Vaccination in the Punjab 1919-1929 - 1919-1929
Year: 1919
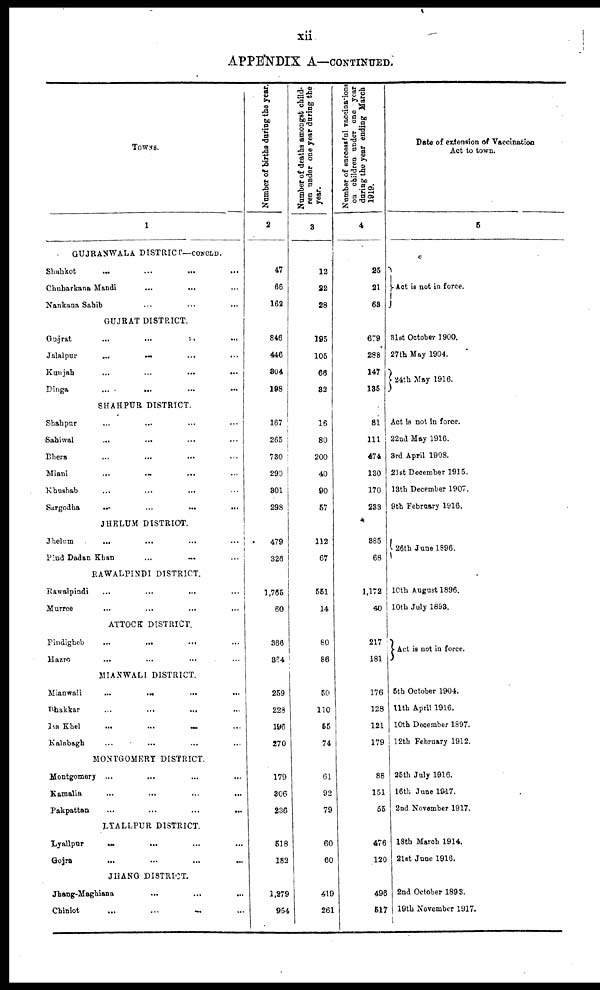
xii
APPENDIX A—CONTINUED.
TOWNS.
1
GUJRANWALA DISTRICT—CONCLD.
Shahkot ... ... ... ...
Chuharkana Mandi ... ... ...
Nankana Sahib ... ... ...
GUJRAT DISTRICT.
Gujrat
...
...
...
...
Jalalpur
...
...
...
...
Kunjah ... ... ... ...
Dinga
...
...
...
...
SHAHPUR DISTRICT.
Shahpur ... ... ... ...
Sahiwal ... ... ... ...
Bhera ... ... ... ...
Miani ... ... ... ...
Khushab ... ... ... ...
Sargodha
...
...
...
...
JHELUM DISTRICT.
Jhelum
...
...
...
...
Pind Dadan Khan
...
...
...
RAWALPINDI DISTRICT.
Rawalpindi
...
...
...
...
Murree
...
...
...
...
ATTOCK DISTRICT.
Pindigheb
...
...
...
...
Hazro
...
...
...
...
MIANWALI DISTRICT.
Mianwali
...
...
...
...
Bhakkar
...
...
...
...
Isa Khel
...
...
...
...
Kalabagh ... ... ... ...
MONTGOMERY DISTRICT.
Montgomery ... ... ... ...
Kamalia ... ... ... ...
Pakpattan ... ... ... ...
LYALLPUR DISTRICT.
Lyallpur
...
...
...
...
Gojra ... ... ... ...
JHANG DISTRICT.
Jhang-Maghiana
...
...
...
...
Chiniot
...
...
...
...
Number of births daring the year.
2
47
66
162
846
446
304
198
167
265
730
290
301
298
479
326
1,765
60
366
864
259
228
196
270
179
306
236
518
182
1,279
954
Number of deaths amongst child-
ren under one year daring the
year.
3
12
22
28
195
105
66
32
16
80
200
40
90
57
112
67
551
14
80
86
50
110
55
74
61
92
79
60
60
419
261
Number of successful vaccinations
on children under one year
daring the year ending March
1919.
4
25
21
63
679
288
147
135
81
111
474
130
170
283
385
68
1,172
40
217
181
176
128
121
179
88
151
55
476
120
496
517
Date of extension of Vaccination
Act to town.
5
Act is not in force.
31st October 1900.
27th May 1904.
24th May 1916.
Act is not in force.
22nd May 1916.
3rd April 1908.
21st December 1915.
13th December 1907.
9th February 1916.
26th June 1896.
10th August 1896.
10th July 1893.
Act is not in force.
5th October 1904.
11th April 1916.
10th December 1897.
12th February 1912.
25th July 1916.
16th June 1917.
2nd November 1917.
18th March 1914.
21st June 1916.
2nd October 1893.
19th November 1917.